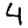
Digit: 4